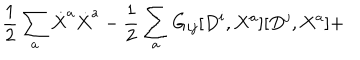
\frac { 1 } { 2 } \sum _ { a } \dot { X } ^ { a } \dot { X } ^ { a } - \frac { 1 } { 2 } \sum _ { a } G _ { i j } [ D ^ { i } , X ^ { a } ] [ D ^ { j } , X ^ { a } ] +